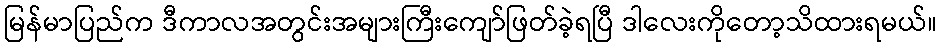
မြန်မာပြည်က ဒီကာလအတွင်းအများကြီးကျော်ဖြတ်ခဲ့ရပြီ ဒါလေးကိုတော့သိထားရမယ်။